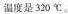
温度是320℃。